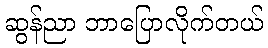
ဆွန်ညာ ဘာပြောလိုက်တယ်